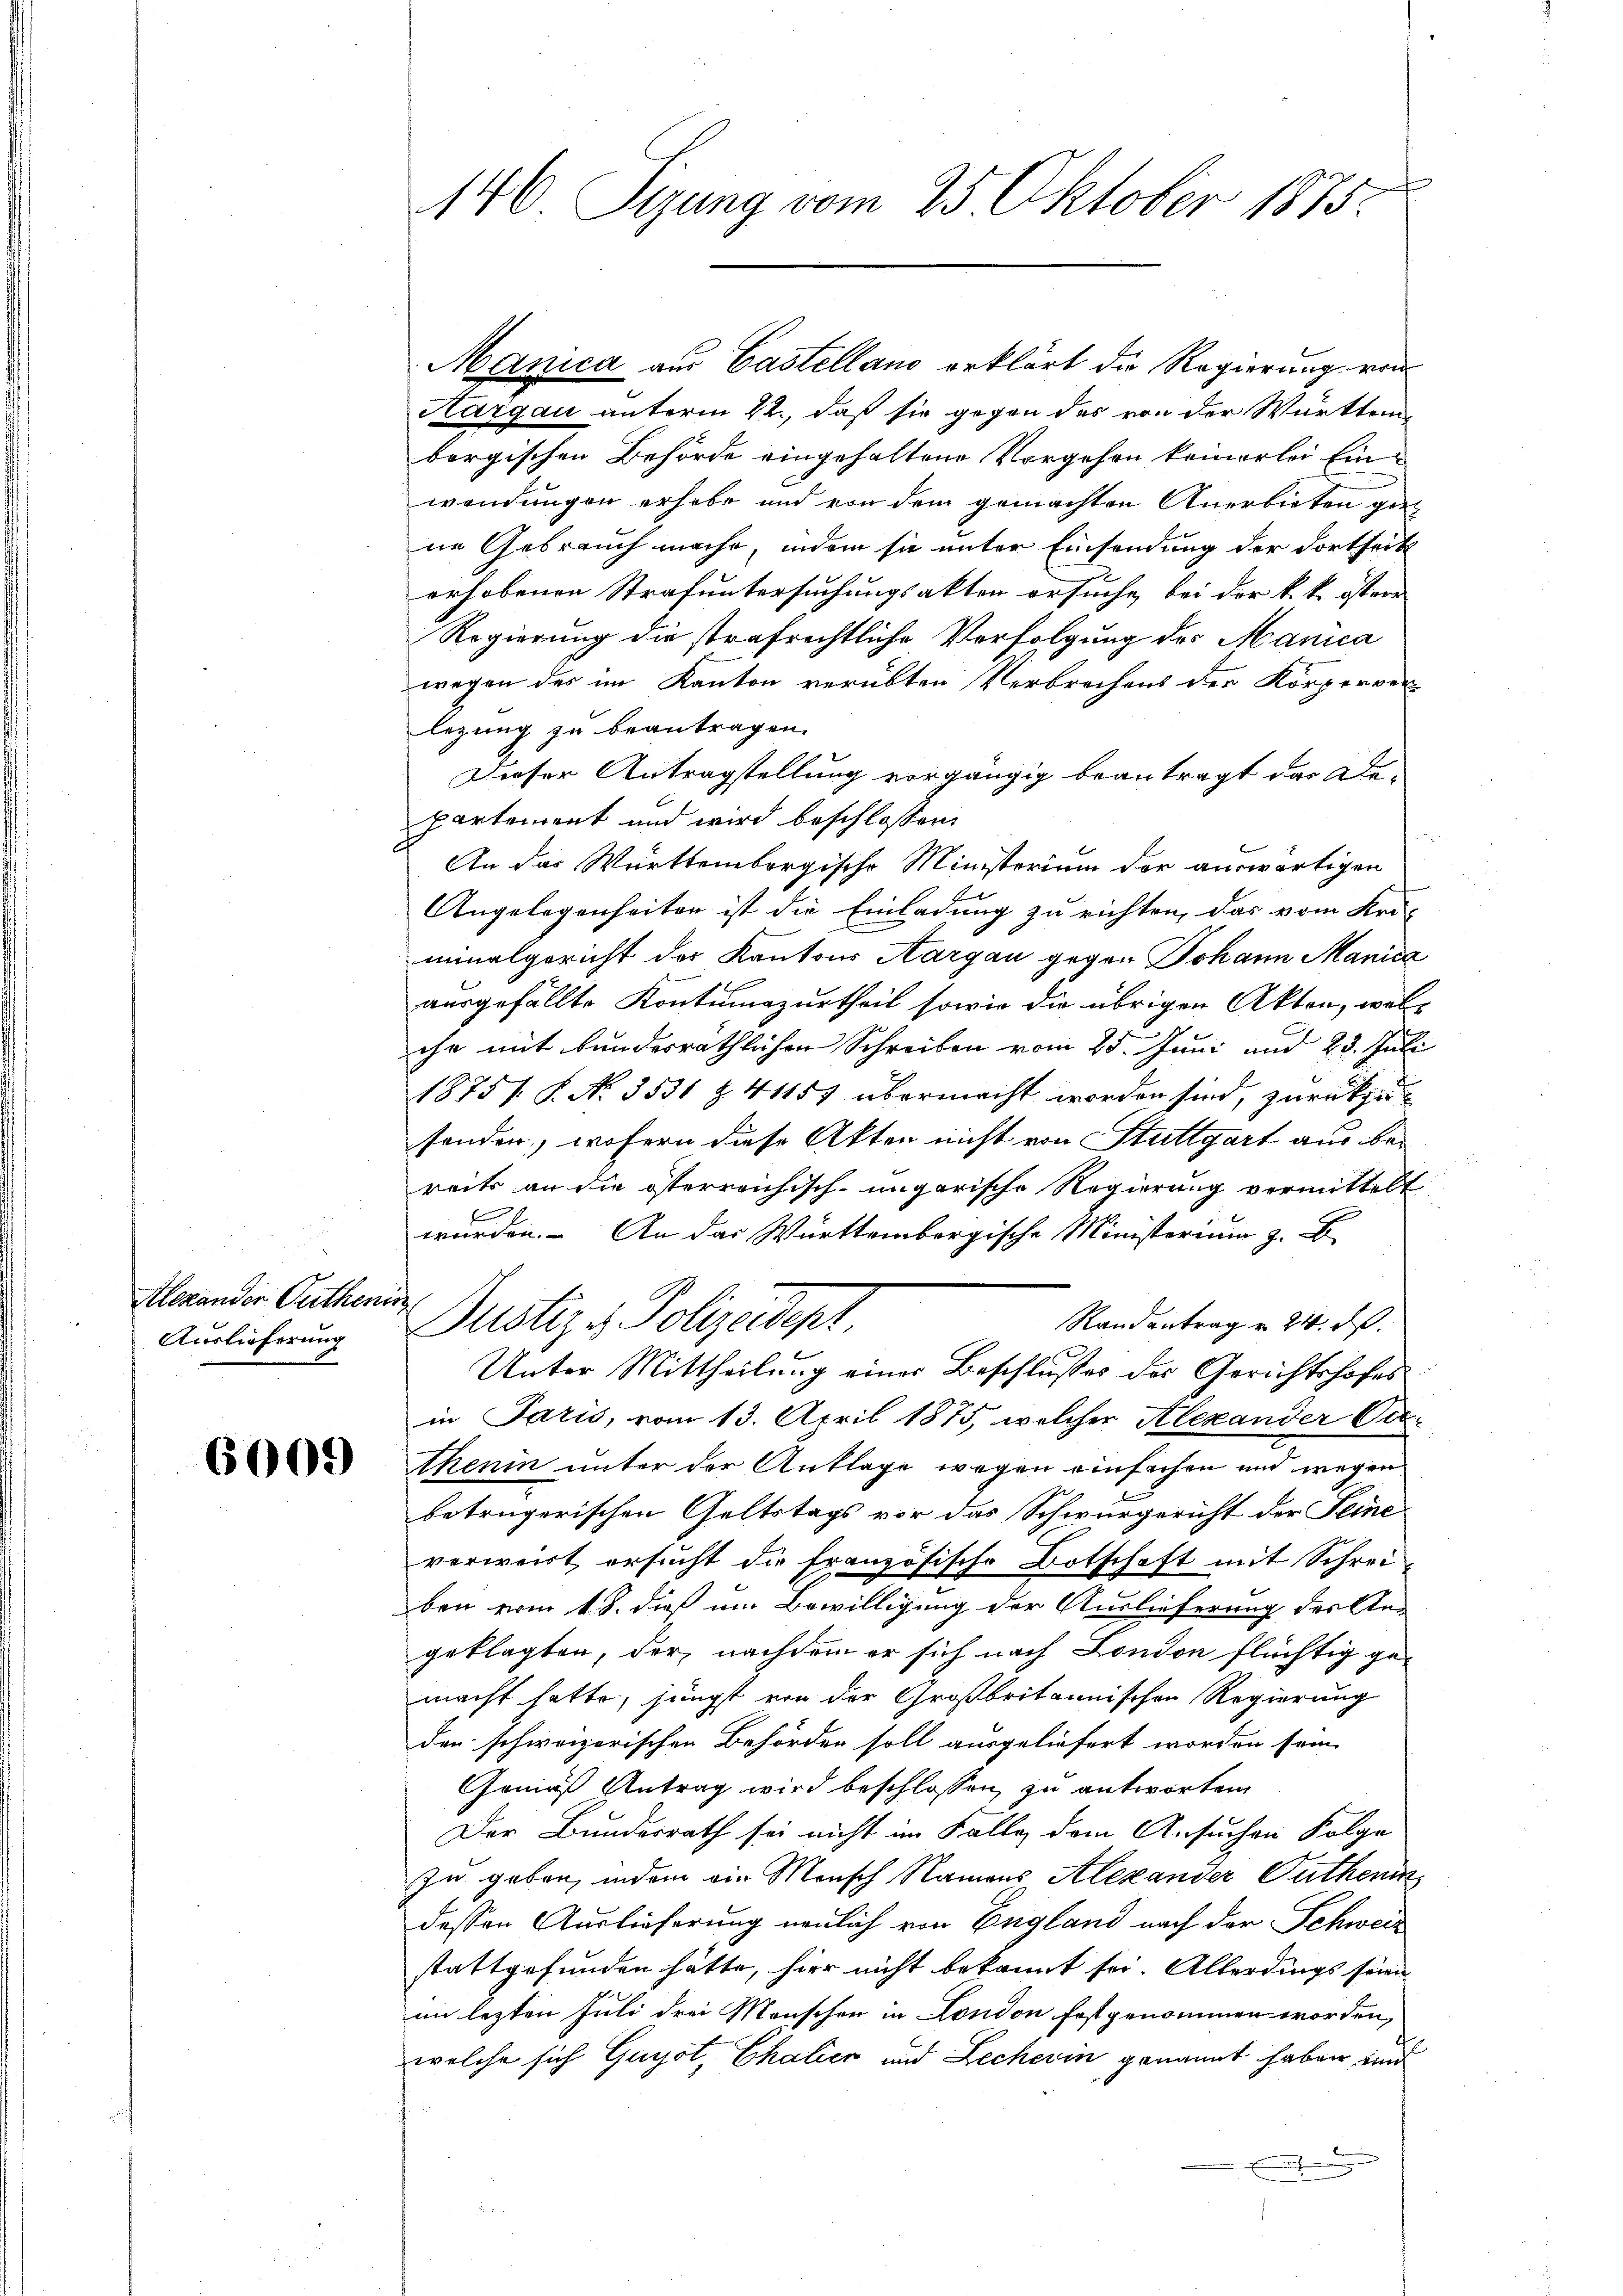
leander Cathen
Auslieferung

6009

146 Sizung vom 25. Oktober 1875.

Manica aus Castelland erklärt die Regierung von
Hargau unterm 22., daß sie gegen des von der Württem
bergischen Behörde eingehaltene Vorgehen keinerlei Einwendungen erhabe und von dem gemachten Anerbieten geri
ne Gebrauch mache, indem sie unter Einsendung der dortheits
erhobenen Strafuntersuchungsakten ersuche, bei der k. k. östere
Regierung die strafrechtliche Verfolgung des Manica
wegen des im Kanton verübten Verbrechens der Körperver-
lezung zu beantragen.
Dieser Antragstellung vorgängig beantragt dar Departement und wird beschlossen:
An das Württembergische Ministerium der auswärtigen
Angelegenheiten ist die Einladung zu richten, das vom Uri-
minalgericht des Kantons Aargau gegen Johann Manica
ausgefällte Kontumazurtheil sowie die übrigen Akten, welihr mit bundesräthlichen Schreiben vom 25. Juni und 23. Juli.
1875 / P. No. 3531 Z. 41157 übermacht worden sind, zurückzu
sonder, wofern diese Akten nicht von Stuttgart aus bereits an die österreichisch-ungarische Regierung vermittelt
wurden. - An das Württembergische Ministerium z. B.
188
Randantrag u. 24. ds.
Justiz & Polizeidept
Unter Mittheilung einer Beschlusses des Gerichtshofes
in Paris, vom 13. April 1875, welcher Alexander Cathenin unter der Anklage wegen einfachen und wegen
betrügerischen Geltstags vor das Schwurgericht der Seine
verweist ersucht die französische Botschaft mit Schreiben vom 18. dieß um Bewilligung der Auslieferung der An-
geklagten, der, nachdem er sich nach London flüchtig ge-
macht hatte, jüngst von der Großbritannischen Regierung
den schweizerischen Behörden soll ausgeliefert worden sein.
Gemäß Antrag wird beschlossen, zu antworten
Der Bundesrath sei nicht im Falle dem Ansuchen Folge
zu geben, indem ein Mensch Namens Alexander Guthenin
dessen Auslieferung neulich von England nach der Schweiz
stattgefunden hätte, hier nicht bekannt sei. Allerdings seien
im lezten Juli drei Menschen in London festgenommen worden,
welche sich Guyot, Thalier und Zecherin genannt haben, und
.